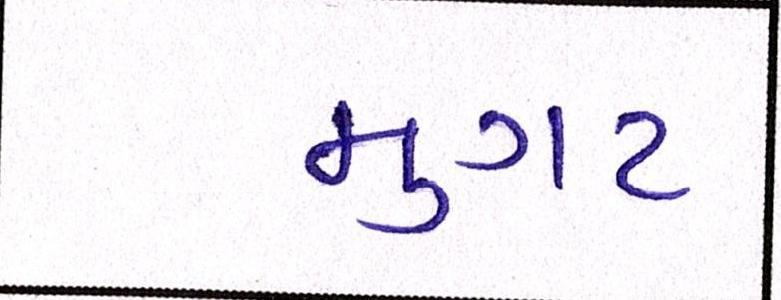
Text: મુગટ